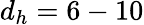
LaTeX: d_{h}=6-10